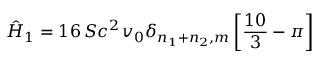
\hat { H } _ { 1 } = 1 6 \, S c ^ { 2 } \, v _ { 0 } \delta _ { n _ { 1 } + n _ { 2 } , m } \left[ { \frac { 1 0 } { 3 } } - \pi \right]